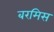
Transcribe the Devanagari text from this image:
बरमिस